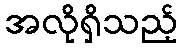
အလိုရှိသည့်